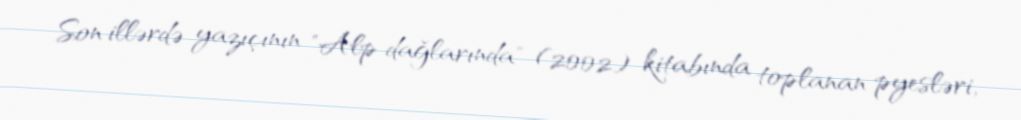
Son illərdə yazıçının "Alp dağlarında" (2002) kitabında toplanan pyesləri,